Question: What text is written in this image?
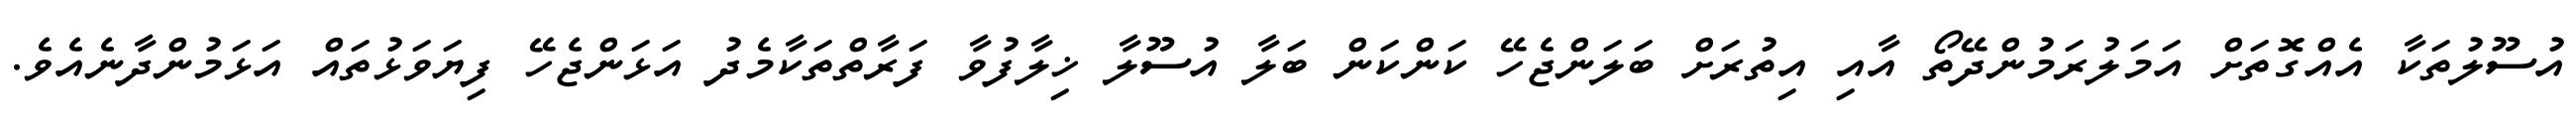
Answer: އުސޫލުތަކާ އެއްގޮތަށް އަމަލުރަމުންދޭތޯ އާއި އިތުރަށް ބަލަންޖެހޭ ކަންކަން ބަލާ އުސޫލާ ޚިލާފުވާ ފަރާތްތަކާމެދު އަޅަންޖެހޭ ފިޔަވަޅުތައް އަޅަމުންދާނެއެވެ.